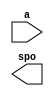
module ROM_D(
  a,
  spo
);

input [9 : 0] a;
output [31 : 0] spo;

// synthesis translate_off

  DIST_MEM_GEN_V7_2 #(
    .C_ADDR_WIDTH(10),
    .C_DEFAULT_DATA("0"),
    .C_DEPTH(1024),
    .C_FAMILY("kintex7"),
    .C_HAS_CLK(0),
    .C_HAS_D(0),
    .C_HAS_DPO(0),
    .C_HAS_DPRA(0),
    .C_HAS_I_CE(0),
    .C_HAS_QDPO(0),
    .C_HAS_QDPO_CE(0),
    .C_HAS_QDPO_CLK(0),
    .C_HAS_QDPO_RST(0),
    .C_HAS_QDPO_SRST(0),
    .C_HAS_QSPO(0),
    .C_HAS_QSPO_CE(0),
    .C_HAS_QSPO_RST(0),
    .C_HAS_QSPO_SRST(0),
    .C_HAS_SPO(1),
    .C_HAS_SPRA(0),
    .C_HAS_WE(0),
    .C_MEM_INIT_FILE("ROM_D.mif"),
    .C_MEM_TYPE(0),
    .C_PARSER_TYPE(1),
    .C_PIPELINE_STAGES(0),
    .C_QCE_JOINED(0),
    .C_QUALIFY_WE(0),
    .C_READ_MIF(1),
    .C_REG_A_D_INPUTS(0),
    .C_REG_DPRA_INPUT(0),
    .C_SYNC_ENABLE(1),
    .C_WIDTH(32)
  )
  inst (
    .A(a),
    .SPO(spo),
    .D(),
    .DPRA(),
    .SPRA(),
    .CLK(),
    .WE(),
    .I_CE(),
    .QSPO_CE(),
    .QDPO_CE(),
    .QDPO_CLK(),
    .QSPO_RST(),
    .QDPO_RST(),
    .QSPO_SRST(),
    .QDPO_SRST(),
    .DPO(),
    .QSPO(),
    .QDPO()
  );

// synthesis translate_on

endmodule